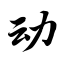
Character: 动